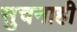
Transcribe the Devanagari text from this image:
सुचनाही